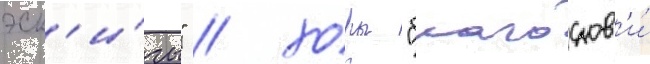
эск'и́зы" / хоры "благослов'и́